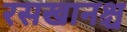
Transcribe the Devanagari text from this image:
रसखानश्च